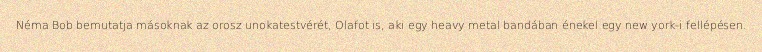
Néma Bob bemutatja másoknak az orosz unokatestvérét, Olafot is, aki egy heavy metal bandában énekel egy new york-i fellépésen.